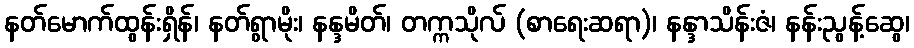
နတ်မောက်ထွန်းရှိန်၊ နတ်ရွာမိုး၊ နန္ဒမိတ်၊ တက္ကသိုလ် (စာရေးဆရာ)၊ နန္ဒာသိန်းဇံ၊ နန်းညွန့်ဆွေ၊